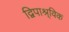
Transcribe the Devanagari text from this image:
द्विपाश्र्विक